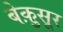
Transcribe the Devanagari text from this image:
बेक़ुसूर